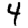
Digit: 4